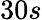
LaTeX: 30s